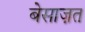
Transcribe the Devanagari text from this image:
बेसाज़त